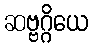
ဆဗ္ဗဂ္ဂိယေ